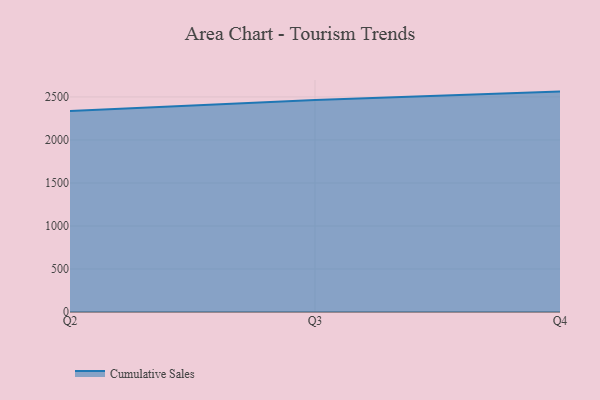
{"axis": {"x": "Quarter", "y": "Humidity (%)"}, "legend": ["Cumulative Sales"], "data": [{"x": "Q2", "y": 2336.9, "type": "Cumulative Sales"}, {"x": "Q3", "y": 2463.6, "type": "Cumulative Sales"}, {"x": "Q4", "y": 2562.2, "type": "Cumulative Sales"}]}